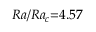
R a / R a _ { c } { = } 4 . 5 7